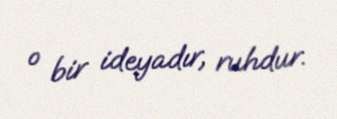
o bir ideyadır, ruhdur.